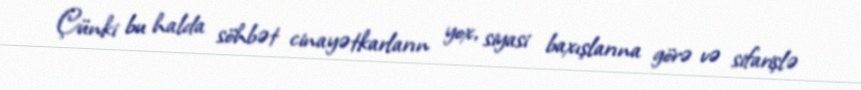
Çünki bu halda söhbət cinayətkarların yox, siyasi baxışlarına görə və sifarişlə